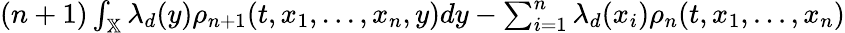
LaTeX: \begin{array}{r}{(n+1)\int_{\mathbb{X}}\lambda_{d}(y)\rho_{n+1}(t,x_{1},...,x_{n},y)dy-\sum_{i=1}^{n}\lambda_{d}(x_{i})\rho_{n}(t,x_{1},...,x_{n})}\end{array}